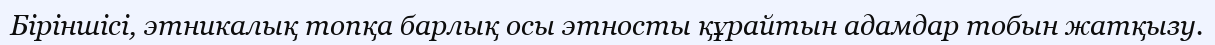
Біріншісі, этникалық топқа барлық осы этносты құрайтын адамдар тобын жатқызу.